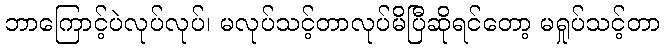
ဘာကြောင့်ပဲလုပ်လုပ်၊ မလုပ်သင့်တာလုပ်မိပြီဆိုရင်တော့ မရှုပ်သင့်တာ